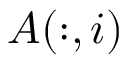
A ( : , i )